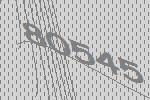
80545